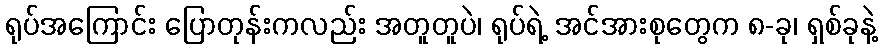
ရုပ်အကြောင်း ပြောတုန်းကလည်း အတူတူပဲ၊ ရုပ်ရဲ့ အင်အားစုတွေက ၈-ခု၊ ရှစ်ခုနဲ့